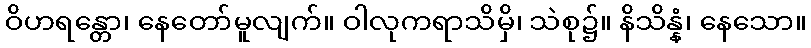
ဝိဟရန္တော၊ နေတော်မူလျက်။ ဝါလုကရာသိမှိ၊ သဲစု၌။ နိသိန္နံ၊ နေသော။